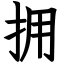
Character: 拥